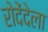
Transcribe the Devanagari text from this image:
रोदेंदेला